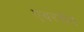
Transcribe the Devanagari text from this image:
एबरशेव